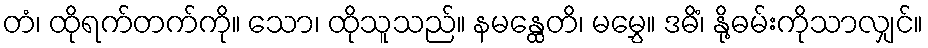
တံ၊ ထိုရက်တက်ကို။ သော၊ ထိုသူသည်။ နမန္ထေတိ၊ မမွှေ။ ဒဓိံ၊ နို့ဓမ်းကိုသာလျှင်။